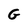
Character: G